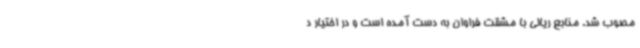
مصوب شد. منابع ریالی با مشقت فراوان به دست آمده است و در اختیار د